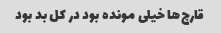
قارچ‌ها خیلی مونده بود در کل بد بود